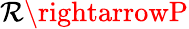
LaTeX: \mathcal{R}\rightarrowP